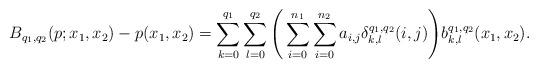
LaTeX: \begin{align*} B_{q_1, q_2}(p; x_1, x_2) - p(x_1, x_2) = \sum_{k = 0}^{q_1} \sum_{l = 0}^{q_2} \Bigg( \sum_{i = 0}^{n_1} \sum_{i = 0}^{n_2} a_{i,j} \delta_{k,l}^{q_1, q_2}(i, j) \Bigg) b_{k, l}^{q_1, q_2} (x_1, x_2).\end{align*}